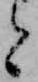
と